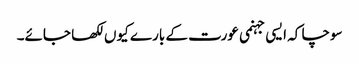
سوچا کہ ایسی جہنمی عورت کے بارے کیوں لکھا جائے۔